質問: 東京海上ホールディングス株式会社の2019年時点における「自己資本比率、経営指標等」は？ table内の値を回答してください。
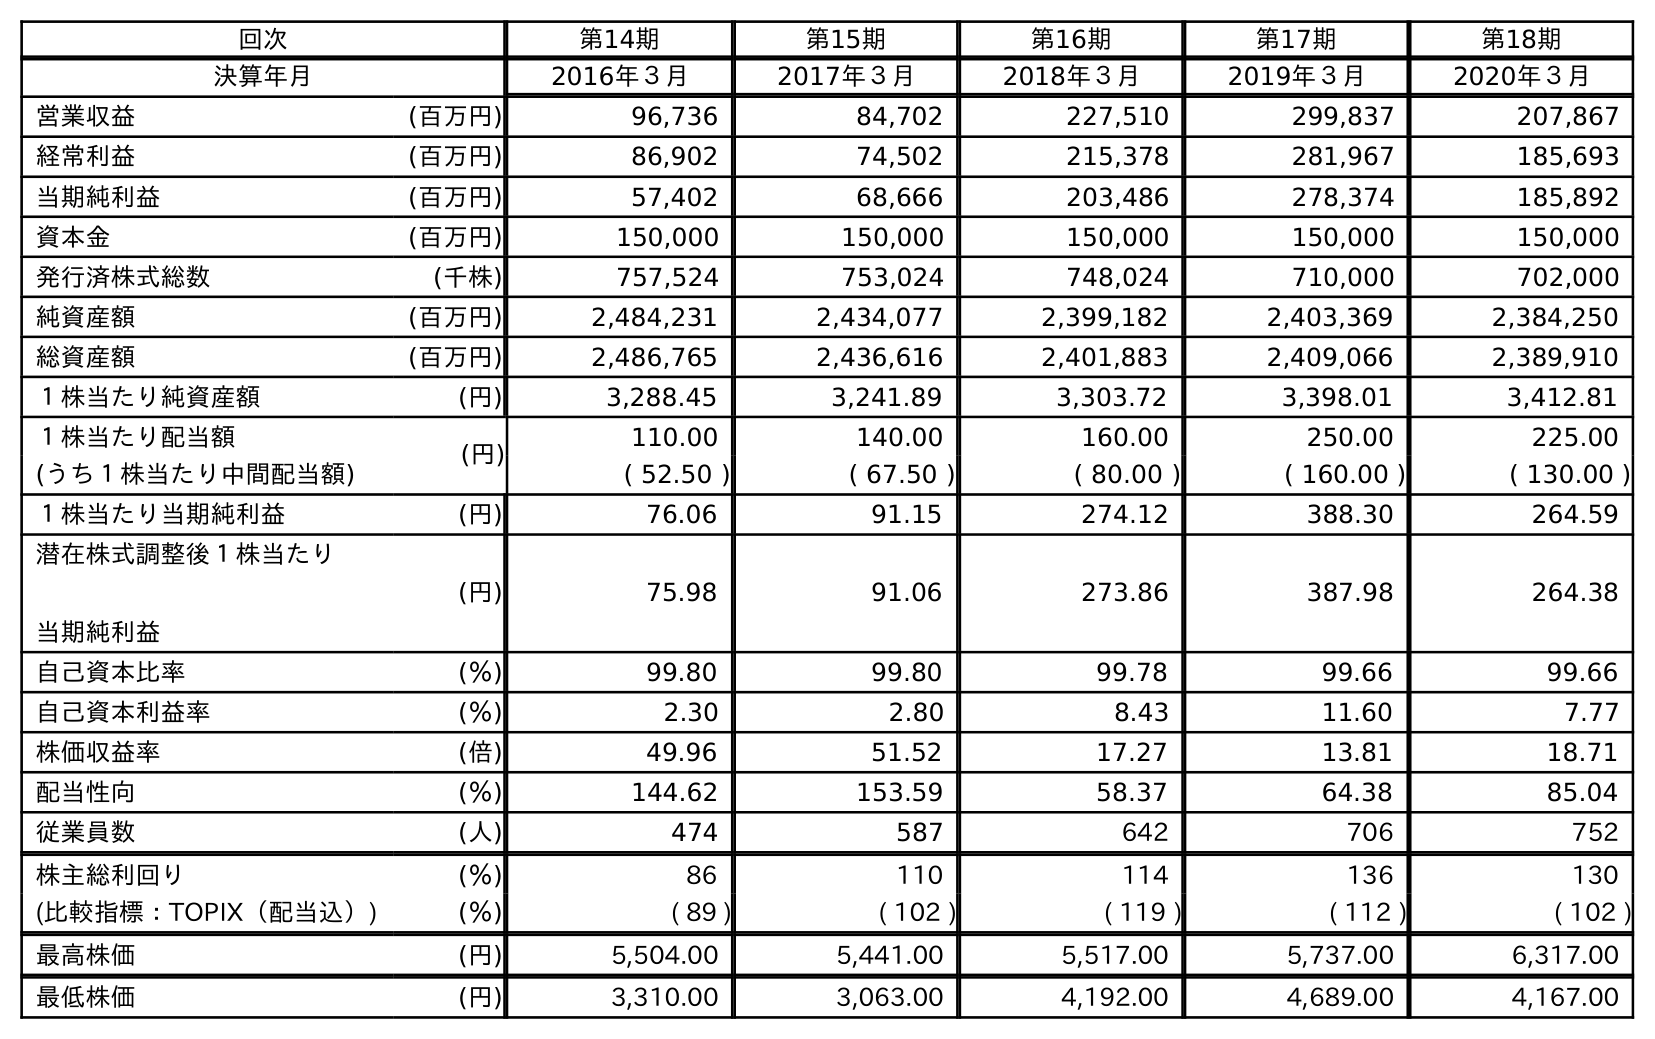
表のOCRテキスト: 回次 第14期 第15期 第16期 第17期 第18期 決算年月 2016年３月 2017年３月 2018年３月 2019年３月 2020年３月 営業収益 (百万円) 96,736 84,702 227,510 299,837 207,867 経常利益 (百万円) 86,902 74,502 215,378 281,967 185,693 当期純利益 (百万円) 57,402 68,666 203,486 278,374 185,892 資本金 (百万円) 150,000 150,000 150,000 150,000 150,000 発行済株式総数 (千株) 757,524 753,024 748,024 710,000 702,000 純資産額 (百万円) 2,484,231 2,434,077 2,399,182 2,403,369 2,384,250 総資産額 (百万円) 2,486,765 2,436,616 2,401,883 2,409,066 2,389,910 １株当たり純資産額 (円) 3,288.45 3,241.89 3,303.72 3,398.01 3,412.81 １株当たり配当額 (円) 110.00 140.00 160.00 250.00 225.00 (うち１株当たり中間配当額) ( 52.50 ) ( 67.50 ) ( 80.00 ) ( 160.00 ) ( 130.00 ) １株当たり当期純利益 (円) 76.06 91.15 274.12 388.30 264.59 潜在株式調整後１株当たり 当期純利益 (円) 75.98 91.06 273.86 387.98 264.38 自己資本比率 (％) 99.80 99.80 99.78 99.66 99.66 自己資本利益率 (％) 2.30 2.80 8.43 11.60 7.77 株価収益率 (倍) 49.96 51.52 17.27 13.81 18.71 配当性向 (％) 144.62 153.59 58.37 64.38 85.04 従業員数 (人) 474 587 642 706 752 株主総利回り (％) 86 110 114 136 130 (比較指標：TOPIX（配当込）) (％) ( 89 ) ( 102 ) ( 119 ) ( 112 ) ( 102 ) 最高株価 (円) 5,504.00 5,441.00 5,517.00 5,737.00 6,317.00 最低株価 (円) 3,310.00 3,063.00 4,192.00 4,689.00 4,167.00
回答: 99.66